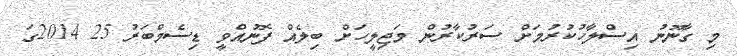
މި ގާނޫނު އިސްލާހުކުރުމަށް ސަރުކާރުން މަޖިލީހަށް ބިލެއް ފޮނުއްވީ ޑިސެމްބަރު 25 2014ގަ